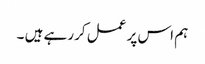
ہم اس پر عمل کررہے ہیں ۔